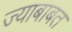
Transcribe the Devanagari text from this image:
ज्याबाबत